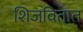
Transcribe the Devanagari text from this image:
शिजवितात